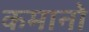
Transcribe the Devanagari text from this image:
कमानो